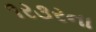
૧ર૩રના